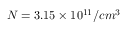
N = 3 . 1 5 \times 1 0 ^ { 1 1 } / c m ^ { 3 }